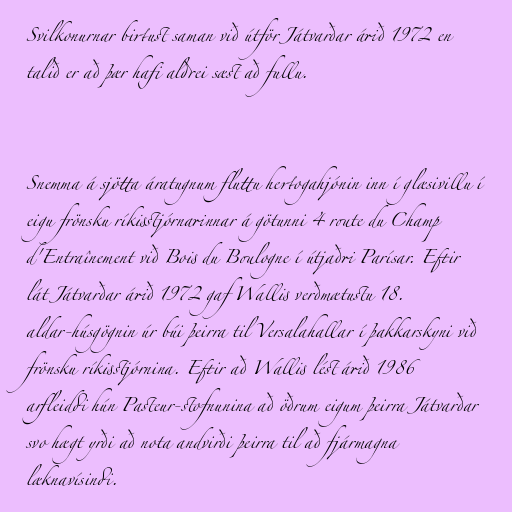
Svilkonurnar birtust saman við útför Játvarðar árið 1972 en
talið er að þær hafi aldrei sæst að fullu.

Snemma á sjötta áratugnum fluttu hertogahjónin inn í glæsivillu í
eigu frönsku ríkisstjórnarinnar á götunni 4 route du Champ
d'Entraînement við Bois du Boulogne í útjaðri Parísar. Eftir
lát Játvarðar árið 1972 gaf Wallis verðmætustu 18.
aldar-húsgögnin úr búi þeirra til Versalahallar í þakkarskyni við
frönsku ríkisstjórnina. Eftir að Wallis lést árið 1986
arfleiddi hún Pasteur-stofnunina að öðrum eigum þeirra Játvarðar
svo hægt yrði að nota andvirði þeirra til að fjármagna
læknavísindi.